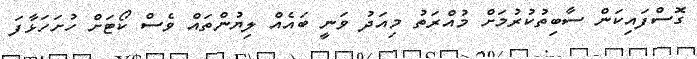
ގޮސްފައިކަން ސާބިތުކުރުމަށް މުއްރަތު މިއަދު ވަނީ ބައެއް ލިޔުންތައް ވެސް ކޯޓަށް ހުށަހަޅާފަ